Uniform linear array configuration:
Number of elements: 4
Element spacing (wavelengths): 1
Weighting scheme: hann
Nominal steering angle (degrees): -45
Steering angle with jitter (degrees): -46.875
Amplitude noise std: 0.05
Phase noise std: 0.05

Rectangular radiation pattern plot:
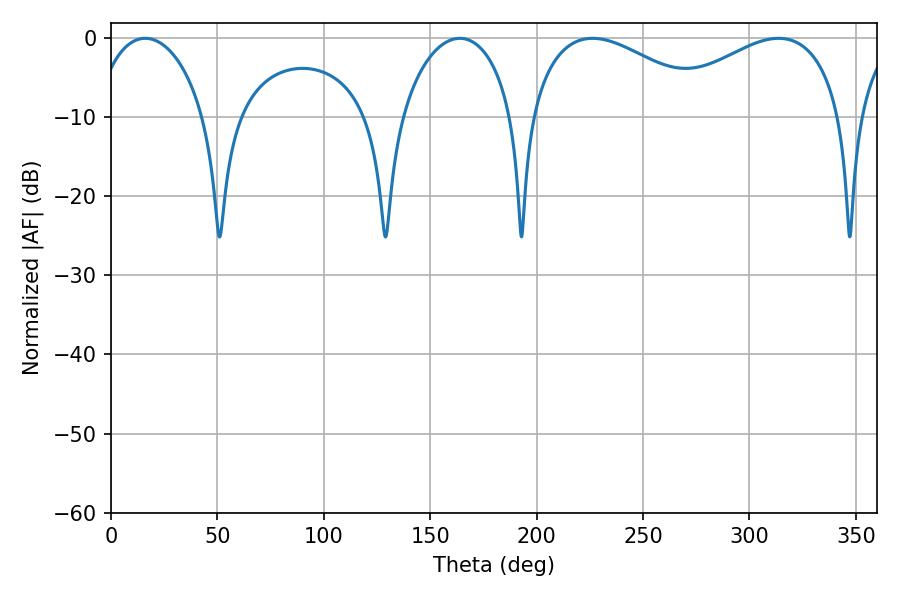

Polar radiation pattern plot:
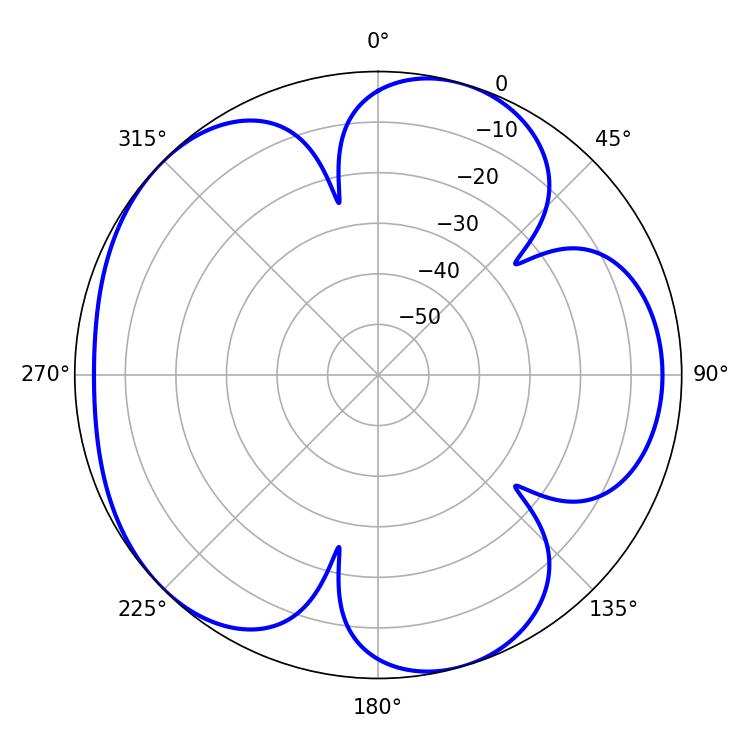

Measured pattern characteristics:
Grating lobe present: TRUE
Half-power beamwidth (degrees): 48.42
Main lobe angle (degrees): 226.26